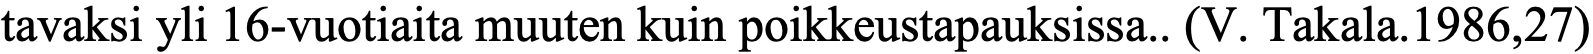
tavaksi yli 16-vuotiaita muuten kuin poikkeustapauksissa.. (V. Takala.1986,27)